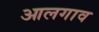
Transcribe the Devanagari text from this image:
आलगाव